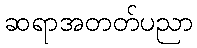
ဆရာအတတ်ပညာ